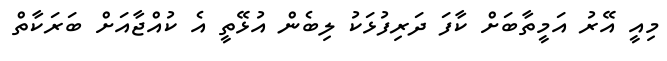
މިއީ އޭރު އަމީތާބަށް ކާފަ ދަރިފުޅަކު ލިބެން އުޅޭތީ އެ ކުއްޖާއަށް ބަރަކާތް